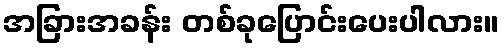
အခြားအခန်း တစ်ခုပြောင်းပေးပါလား။